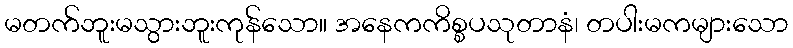
မတက်ဘူးမသွားဘူးကုန်သော။ အနေကကိစ္စပသုတာနံ၊ တပါးမကများသော